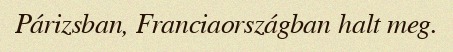
Párizsban, Franciaországban halt meg.